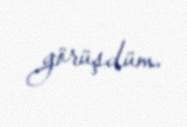
görüşdüm.